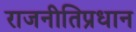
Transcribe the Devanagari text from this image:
राजनीतिप्रधान